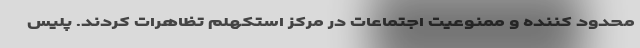
محدود کننده و ممنوعیت اجتماعات در مرکز استکهلم تظاهرات کردند. پلیس